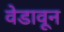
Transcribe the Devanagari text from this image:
वेडावून